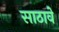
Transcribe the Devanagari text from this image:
साठावे